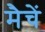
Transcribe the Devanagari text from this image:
मैचें